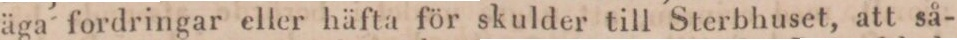
äga fordringar eller häfta för skulder till Sterbhuset, att så-